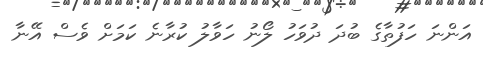
އަންނަ ހަފުތާގެ ބުދަ ދުވަހު ލޯނު ހަވާލު ކުރާނެ ކަމަށް ވެސް އޭނާ